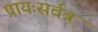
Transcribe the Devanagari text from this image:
प्रायःसर्वत्र